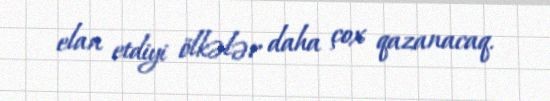
elan etdiyi ölkələr daha çox qazanacaq.